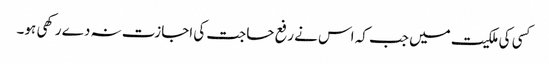
کسی کی ملکیت میں جب کہ اس نے رفع حاجت کی اجازت نہ دے رکھی ہو۔